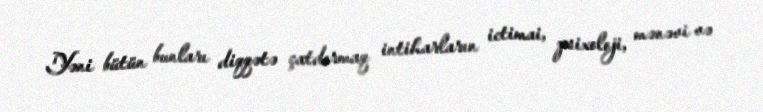
Yəni bütün bunları diqqətə çatdırmaq intiharların ictimai, psixoloji, mənəvi və